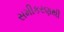
સમીકરણથી